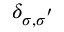
\delta _ { { \sigma } , { \sigma } ^ { ' } }